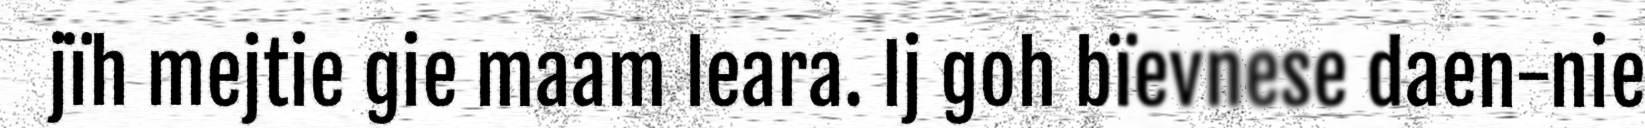
jïh mejtie gie maam leara. Ij goh bïevnese daen-nie